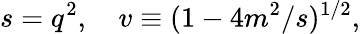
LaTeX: s=q^{2},\quad v\equiv(1-4m^{2}/s)^{1/2},